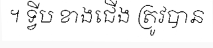
។ ទ្វីប ខាងជើង ត្រូវបាន